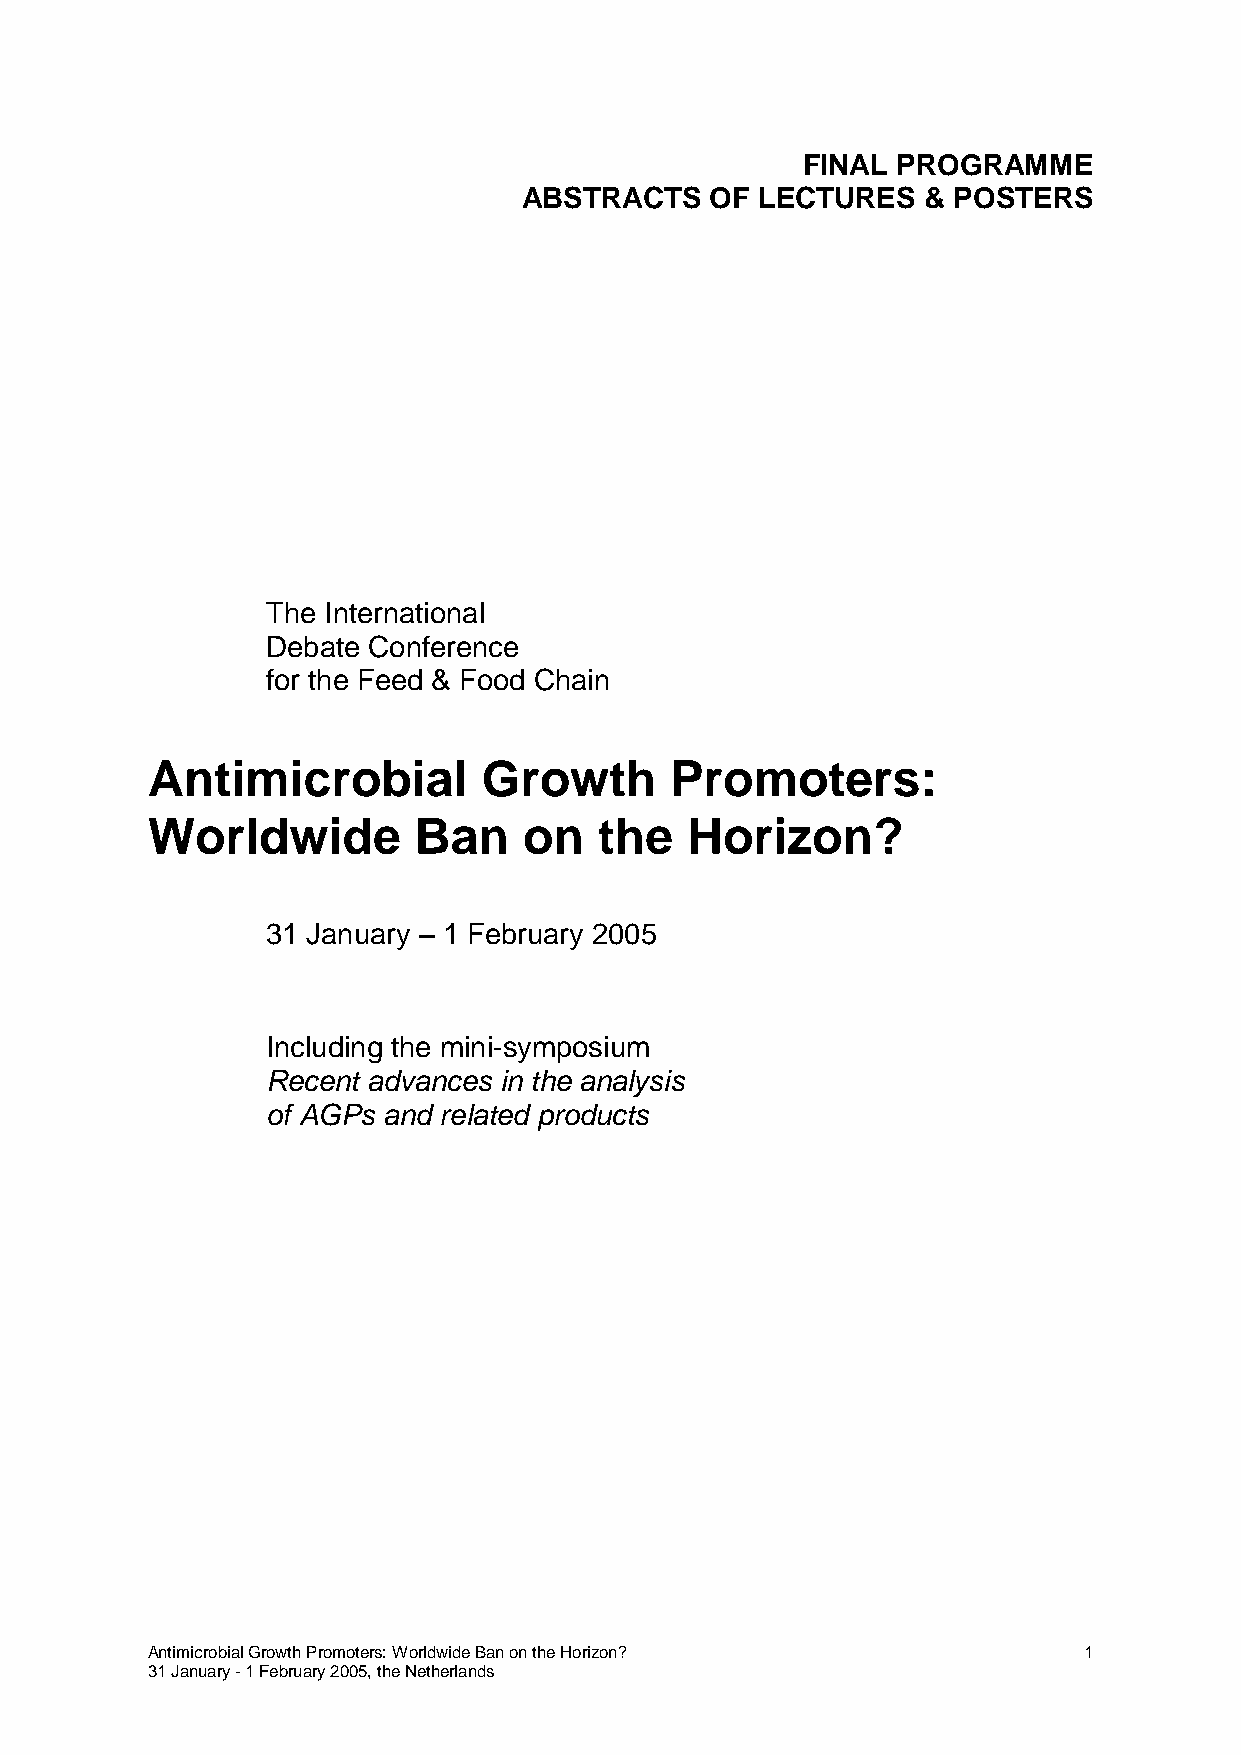
FINAL PROGRAMME
 ABSTRACTS   OF LECTURES   & POSTERS
 The International
 Debate Conference
 for the Feed & Food Chain
 Antimicrobial         Growth      Promoters:
 Worldwide        Ban     on   the  Horizon?
 31 January – 1 February 2005
 Including the mini-symposium
 Recent advances in the analysis
 of AGPs and related products
 Antimicrobial Growth Promoters: Worldwide Ban on the Horizon? 1
 31 January - 1 February 2005, the Netherlands